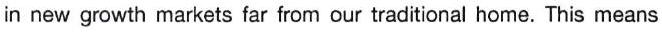
in new growth markets far from our traditional home. This means